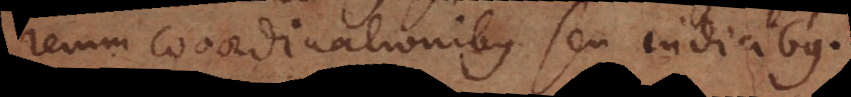
rerum coordinationibus seu indicibus.